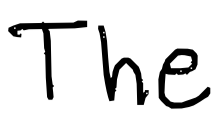
Text: The
Cross-out: clean
Writing tool: digital_black